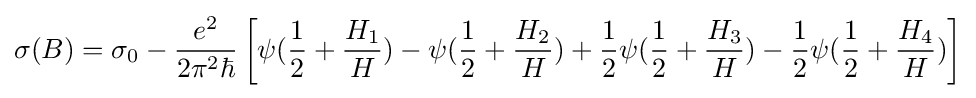
\sigma (B)=\sigma _{0}-{e^{2} \over 2\pi ^{2}\hbar }\left[\psi ({1 \over 2}+{H_{1} \over H})-\psi ({1 \over 2}+{H_{2} \over H})+{1 \over 2}\psi ({1 \over 2}+{H_{3} \over H})-{1 \over 2}\psi ({1 \over 2}+{H_{4} \over H})\right]